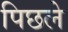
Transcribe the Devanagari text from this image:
पिछले